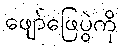
ဖျော်ဖြေပွဲကို